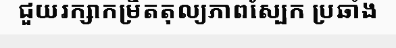
ជួយរក្សាកម្រិតតុល្យភាពស្បែក ប្រឆាំង